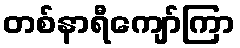
တစ်နာရီကျော်ကြာ